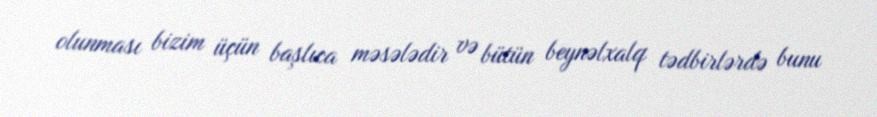
olunması bizim üçün başlıca məsələdir və bütün beynəlxalq tədbirlərdə bunu